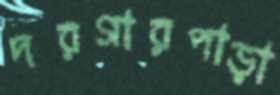
দরগারপাড়া